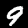
Label: 9